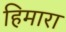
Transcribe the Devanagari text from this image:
हिमारा